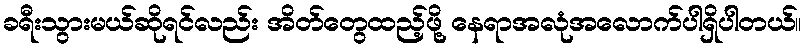
ခရီးသွားမယ်ဆိုရင်လည်း အိတ်တွေထည့်ဖို့ နေရာအလုံအလောက်ပါရှိပါတယ်။